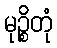
မုဉ္စိတုံ